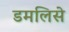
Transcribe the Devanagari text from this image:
डमलिसे